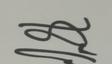
Signature authenticity: genuine